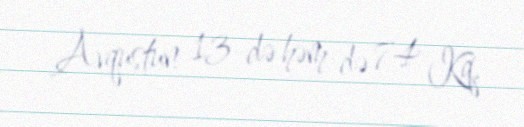
Avqustun 13-də həm də 74 Kq.